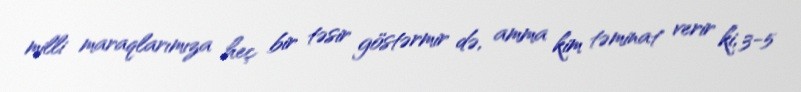
milli maraqlarımıza heç bir təsir göstərmir də, amma kim təminat verir ki, 3-5